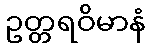
ဥတ္တရဝိမာနံ